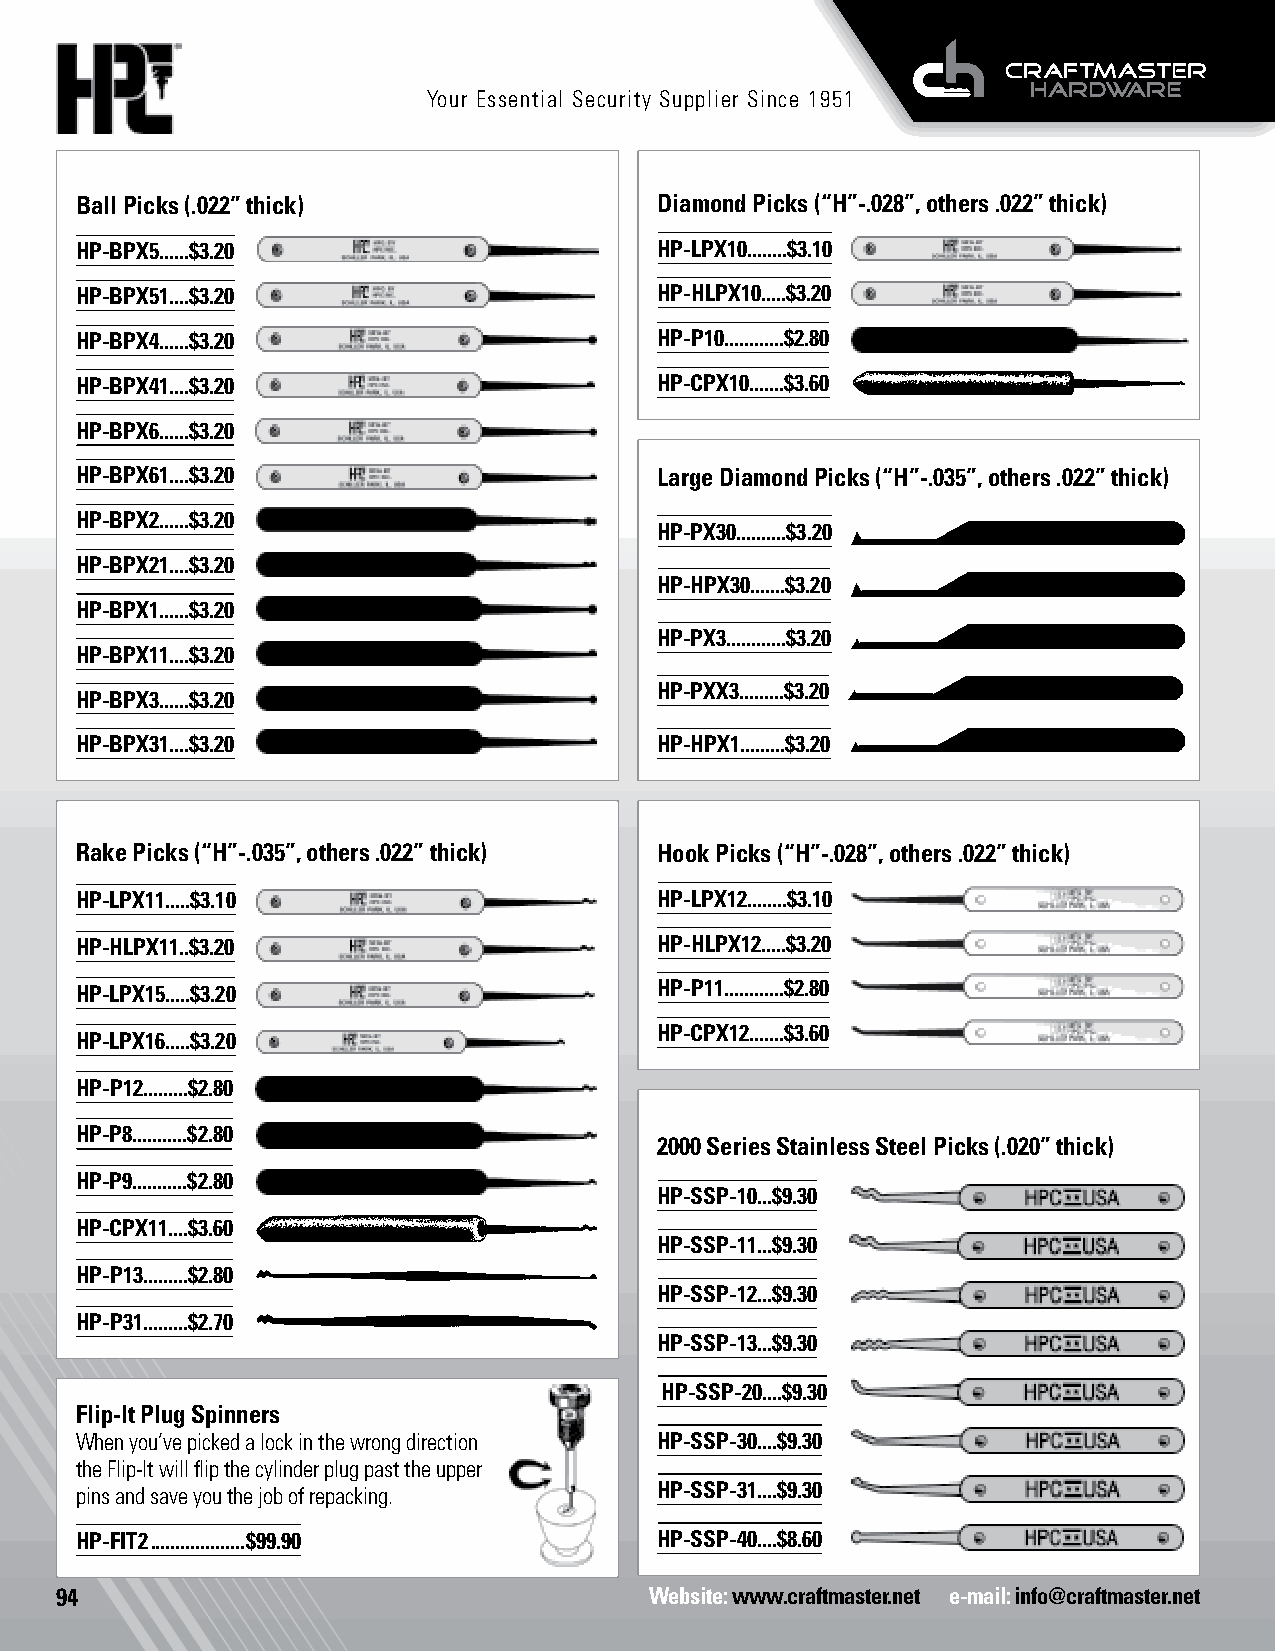
Your Essential Security Supplier Since 1951
 Ball Picks (.022” thick)               Diamond Picks (“H”-.028”, others .022” thick)
 HP-BPX5......$3.20                     HP-LPX10........$3.10
 HP-BPX51....$3.20                      HP-HLPX10.....$3.20
 HP-BPX4......$3.20                     HP-P10............$2.80
 HP-BPX41....$3.20                      HP-CPX10.......$3.60
 HP-BPX6......$3.20
 HP-BPX61....$3.20                      Large Diamond Picks (“H”-.035”, others .022” thick)
 HP-BPX2......$3.20
 HP-PX30..........$3.20
 HP-BPX21....$3.20
 HP-HPX30.......$3.20
 HP-BPX1......$3.20
 HP-PX3............$3.20
 HP-BPX11....$3.20
 HP-PXX3.........$3.20
 HP-BPX3......$3.20
 HP-BPX31....$3.20                      HP-HPX1.........$3.20
 Rake Picks (“H”-.035”, others .022” thick) Hook Picks (“H”-.028”, others .022” thick)
 HP-LPX11.....$3.10                     HP-LPX12........$3.10
 HP-HLPX11..$3.20                       HP-HLPX12.....$3.20
 HP-LPX15.....$3.20                     HP-P11............$2.80
 HP-CPX12.......$3.60
 HP-LPX16.....$3.20
 HP-P12.........$2.80
 HP-P8...........$2.80
 2000 Series Stainless Steel Picks (.020” thick)
 HP-P9...........$2.80
 HP-SSP-10...$9.30
 HP-CPX11....$3.60
 HP-SSP-11...$9.30
 HP-P13.........$2.80
 HP-SSP-12...$9.30
 HP-P31.........$2.70
 HP-SSP-13...$9.30
 HP-SSP-20....$9.30
 Flip-It Plug Spinners
 When you’ve picked a lock in the wrong direction HP-SSP-30....$9.30
 the Flip-It will flip the cylinder plug past the upper
 pins and save you the job of repacking. HP-SSP-31....$9.30
 HP-FIT2 ...................$99.90      HP-SSP-40....$8.60
 94                                     Website: www.craftmaster.net e-mail: info@craftmaster.net